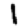
Digit: 1